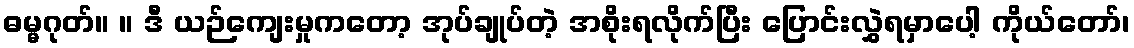
ဓမ္မဂုတ်။ ။ ဒီ ယဉ်ကျေးမှုကတော့ အုပ်ချုပ်တဲ့ အစိုးရလိုက်ပြီး ပြောင်းလွှဲရမှာပေါ့ ကိုယ်တော်၊